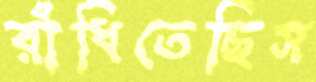
রাঁধিতেছিস